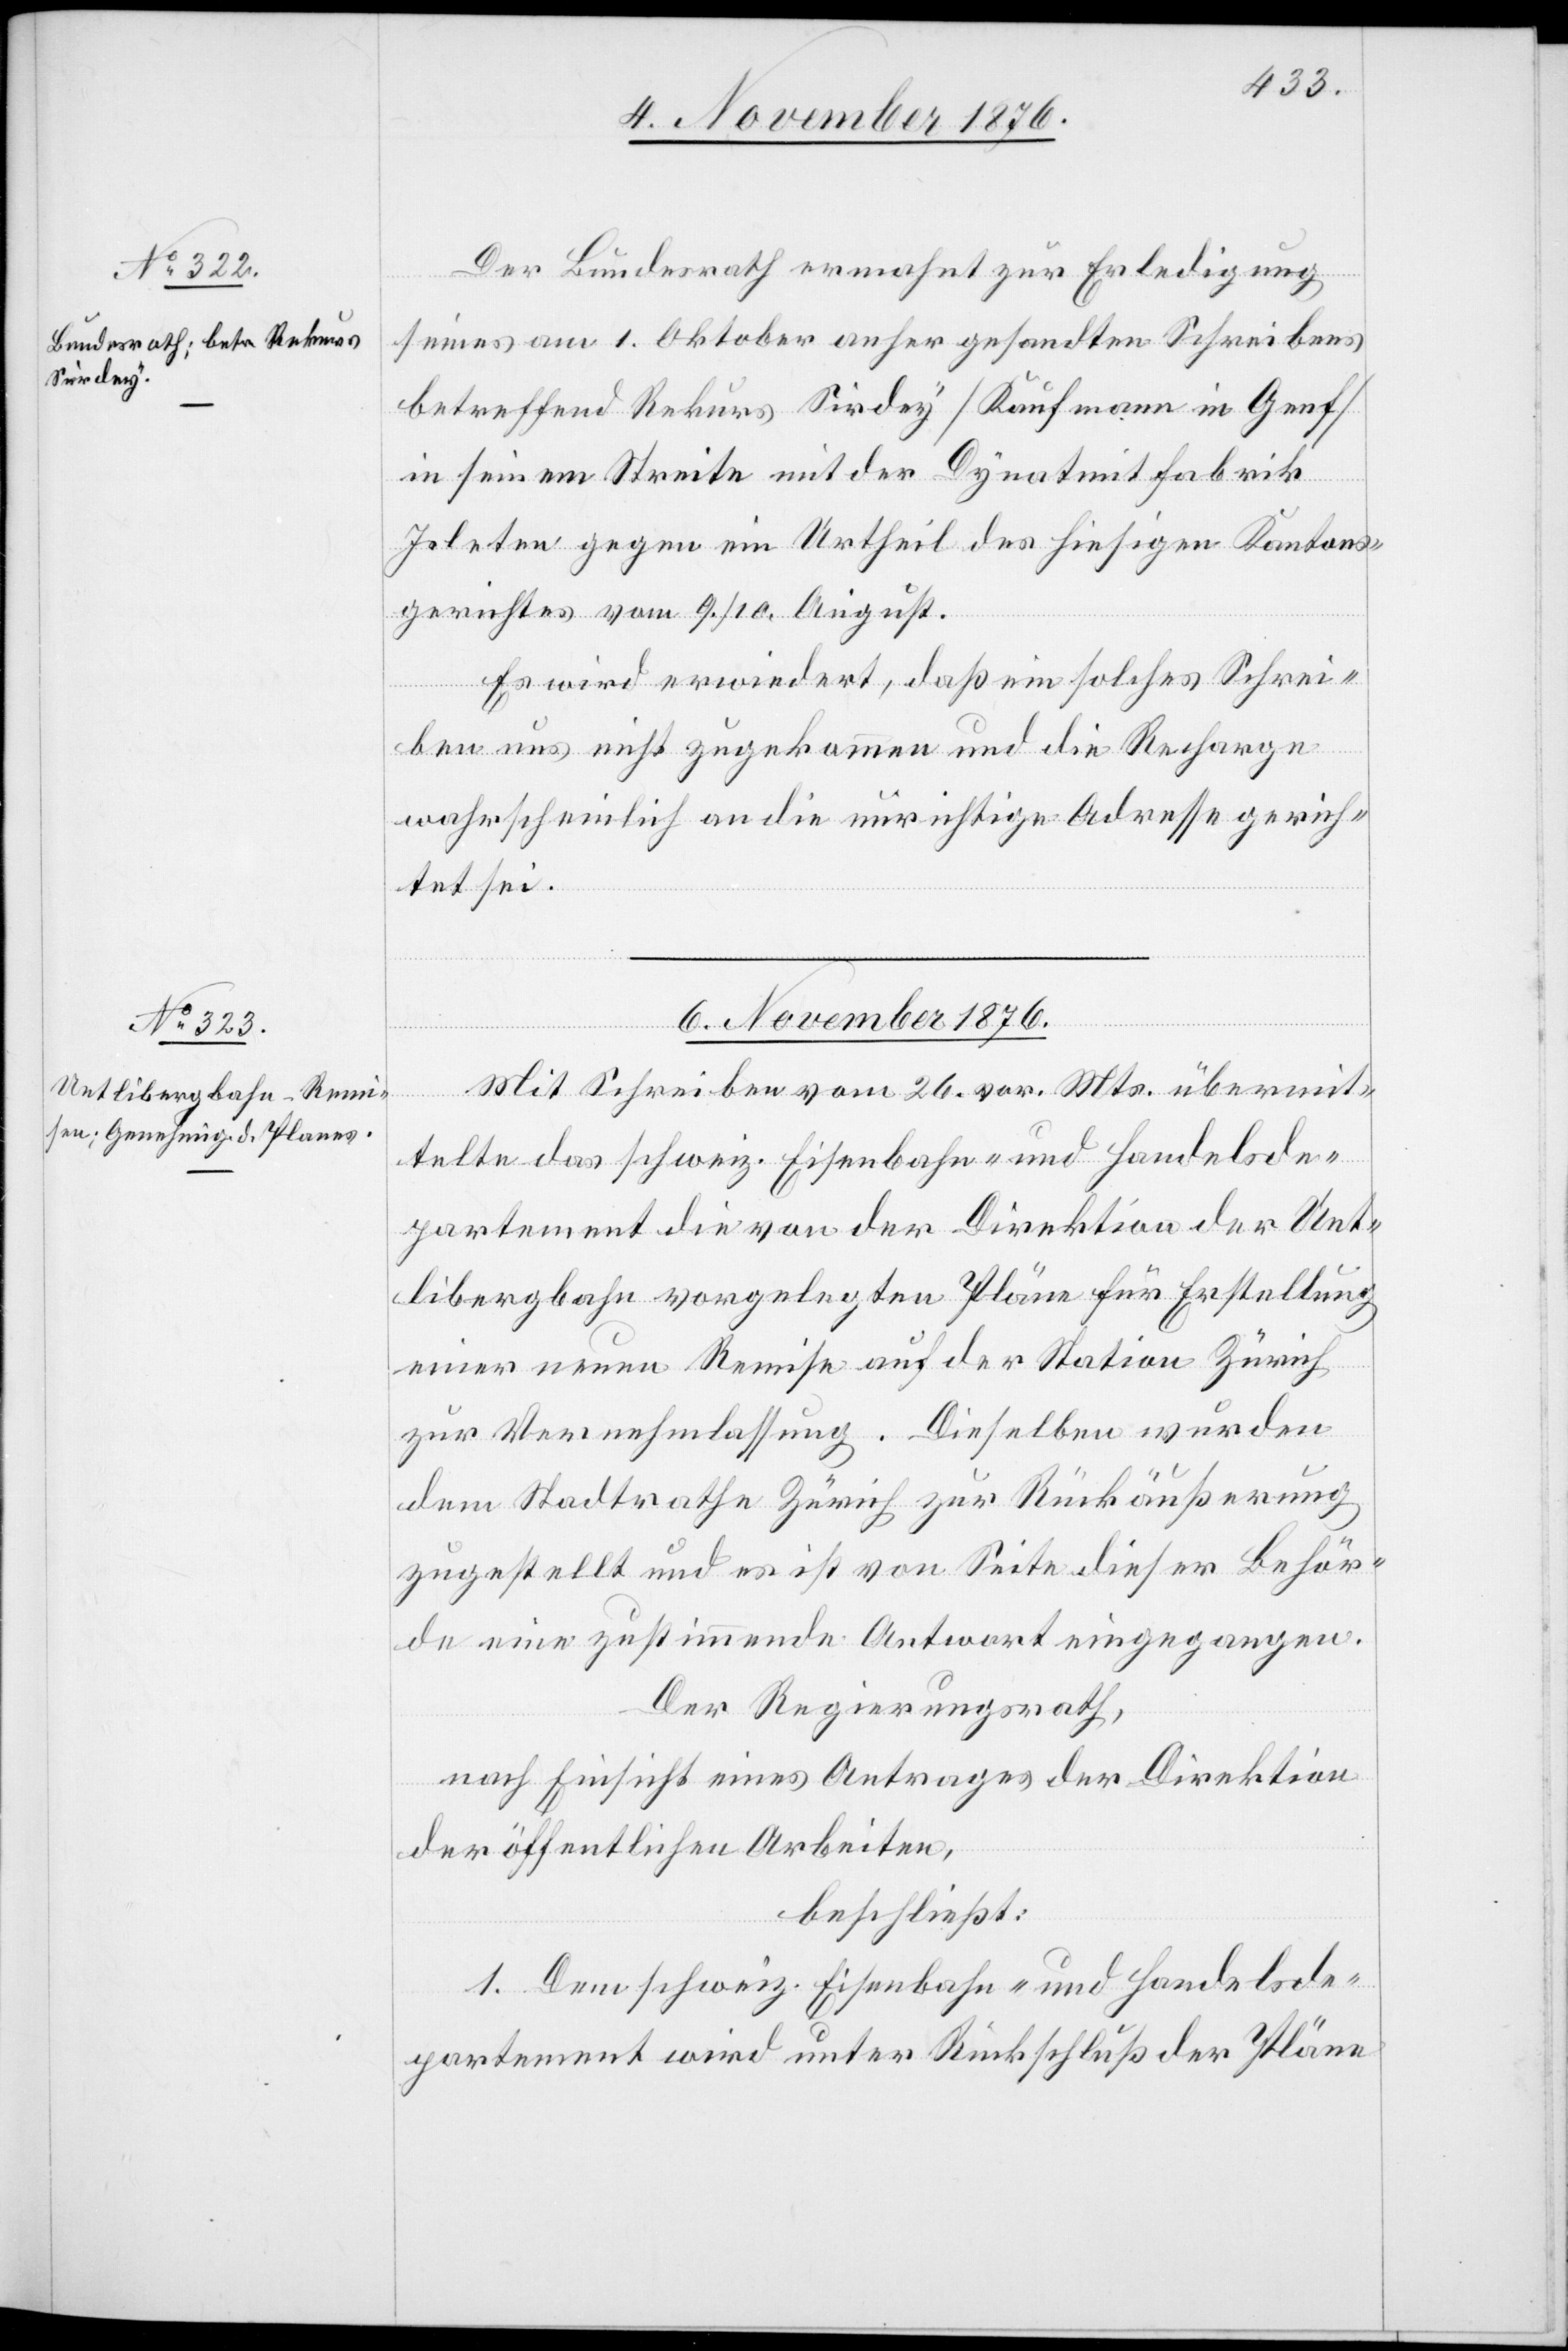
Der Bundesrath ermahnt zur Erledigung
seines am 1. Oktober anher gesandten Schreibens
betreffend Rekurs Sirdey [Kaufmann in Genf]
in seinem Streite mit der Dynatmit [sic!]
Isleten gegen ein Urtheil des hiesigen Kantons¬
gerichtes vom 9./10. August.
Es wird erwiedert, daß ein solches Schrei¬
ben uns nicht zugekommen und die Recharge
wahrscheinlich an die unrichtige Adresse gerich¬
tet sei.
6. November 1876.
Mit Schreiben vom 26. vor. Mts. übermit¬
telte das schweiz. Eisenbahn- und Handelsde¬
partement die von der Direktion der Uet¬
libergbahn vorgelegten Pläne für Erstellung
einer neuen Remise auf der Station Zürich
zu Vernehmlassung. Dieselben wurden
dem Stadtrathe Zürich zur Rückäußerung
zugestellt und es ist von Seite dieser Behör¬
de eine zustimmende Antwort eingegangen.
Der Regierungsrath,
nach Einsicht eines Antrages der Direktion
der öffentlichen Arbeiten,
beschließt:
1. Dem schweiz. Eisenbahn- und Handelsde¬
partement wird unter Rückschluß der Pläne